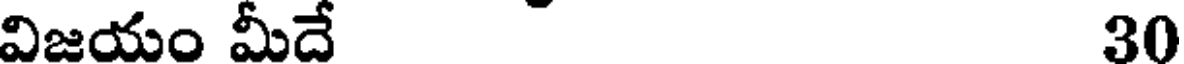
విజయం మీదే 30